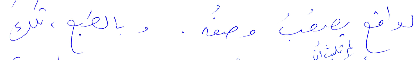
لواقع يصعب وصفُه. وبالطبع، تلك